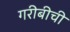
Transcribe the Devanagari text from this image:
गरीबीची